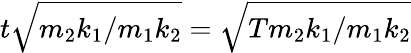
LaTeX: t{\sqrt{m_{2}k_{1}/m_{1}k_{2}}}={\sqrt{Tm_{2}k_{1}/m_{1}k_{2}}}